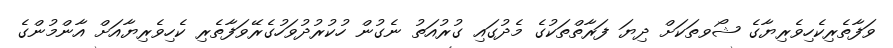
ވަފާތެރިކެހިވެރިޔާގެ ޝޯވތަކަށް ދިޔަ ފަރާތްތަކުގެ މެދުގައި ގުރުއަތު ނެގުން ހުކުރުދުވަހުގެރޭވަފާތެރި ކެހިވެރިޔާއަށް އާންމުންގެ